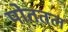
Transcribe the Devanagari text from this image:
पोततल